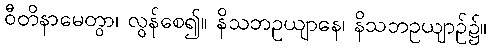
ဝီတိနာမေတွာ၊ လွန်စေ၍။ နိသဘဥယျာနေ၊ နိသဘဥယျာဉ်၌။